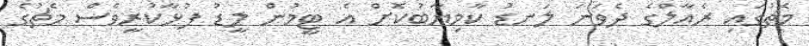
މެޗުގައި ރެއާލްގެ ދެވަނަ ލަނޑު ކާމިޔާބުކޮށް އެ ޓީމުން ލީޑު ފުޅާކުރީވެސް މެޗުގެ